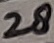
Text: 28